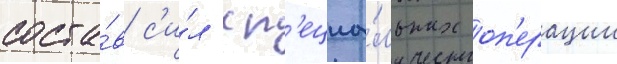
соста́в с'и́л сп'ециа́льных оп'ерации